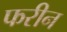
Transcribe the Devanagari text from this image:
फरीन